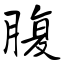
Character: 腹